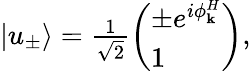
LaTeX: \begin{array}{r}{|u_{\pm}\rangle=\frac{1}{\sqrt{2}}\left(\begin{array}{l}{\pm e^{i\phi_{\mathbf{k}}^{H}}}\\ {1}\end{array}\right),}\end{array}